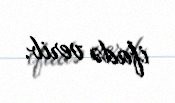
ifadə verib.